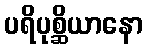
ပရိပုစ္ဆိယာနော